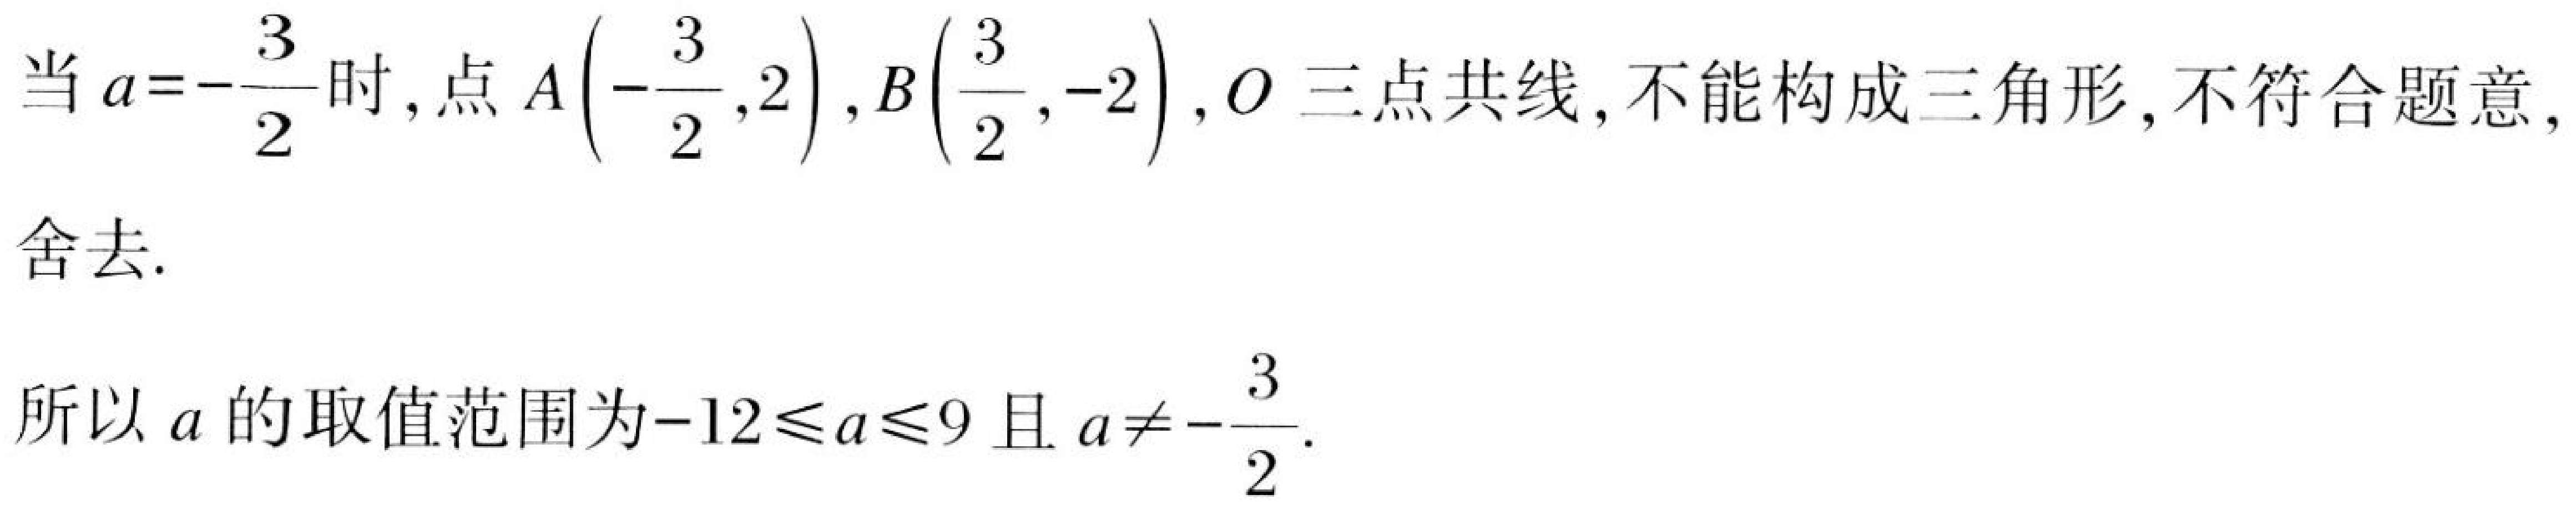
当$a = -\dfrac{3}{2}$时,点$A\left(-\dfrac{3}{2},2\right),B\left(\dfrac{3}{2},-2\right),O$三点共线,不能构成三角形,不符合题意,舍去.

所以$a$的取值范围为$-12\leqslant a\leqslant9$且$a\neq-\dfrac{3}{2}$.